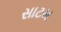
સાટમ